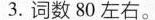
3.词数80左右。